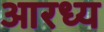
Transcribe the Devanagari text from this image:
आरध्य